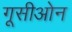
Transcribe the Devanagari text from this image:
गूसीओन